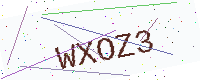
Text: WXOZ3